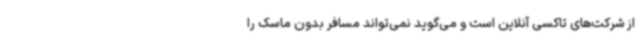
از شرکت‌های تاکسی آنلاین است و می‌گوید نمی‌تواند مسافر بدون ماسک را